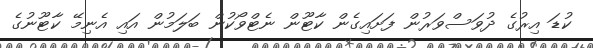
ކުޑަ އިރުގެ ދުވަސްވަރުން ފަށައިގެން ކާޓޫން ނެޓްވޯކުން ބަލަމުން އައި އެނިމޭ ކާޓޫނުގެ